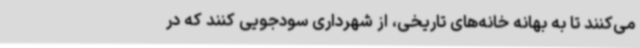
می‌کنند تا به بهانه خانه‌های تاریخی، از شهرداری سودجویی کنند که در